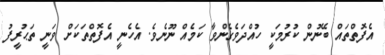
އެފޮތްތައް ބޭނުން ކުރުމަކީ ހުއްދަވެގެންވާ ކަމެއް ނޫނެވެ. އެހެނީ އެފޮތްތަކަށް ވަނީ ތަޙުރީފު